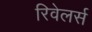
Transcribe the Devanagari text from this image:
रिवेलर्स